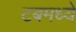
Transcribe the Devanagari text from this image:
टबमध्ये